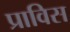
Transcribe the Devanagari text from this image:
प्राविस